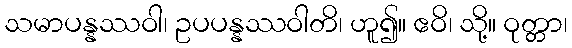
သမာပန္နဿဝါ၊ ဥပပန္နဿဝါတိ၊ ဟူ၍။ ဧဝိ၊ သို့။ ဝုတ္တာ၊